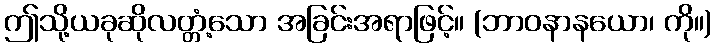
ဤသို့ယခုဆိုလတ္တံ့သော အခြင်းအရာဖြင့်။ (ဘာဝနာနယော၊ ကို။)